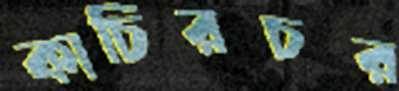
কাচিরচর